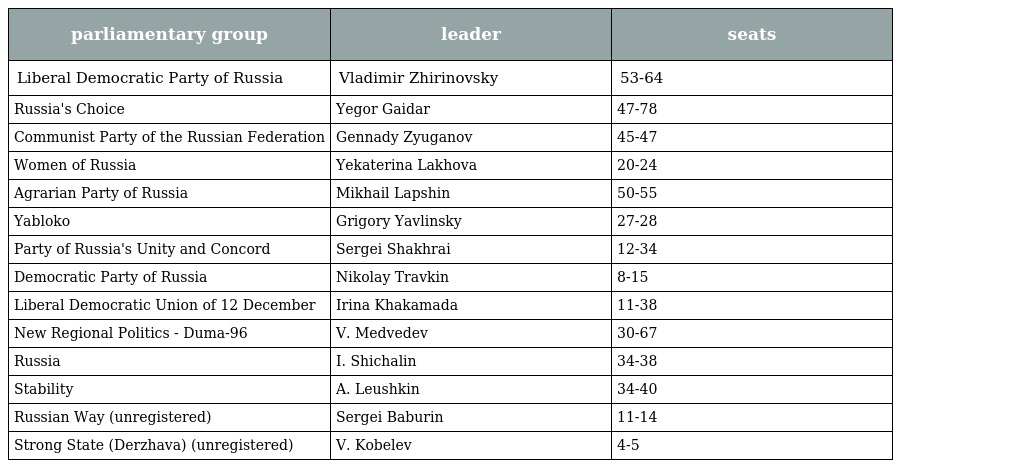
| parliamentary group | leader | seats |
 | --- | --- | --- |
 | Liberal Democratic Party of Russia | Vladimir Zhirinovsky | 53-64 |
 | Russia's Choice | Yegor Gaidar | 47-78 |
 | Communist Party of the Russian Federation | Gennady Zyuganov | 45-47 |
 | Women of Russia | Yekaterina Lakhova | 20-24 |
 | Agrarian Party of Russia | Mikhail Lapshin | 50-55 |
 | Yabloko | Grigory Yavlinsky | 27-28 |
 | Party of Russia's Unity and Concord | Sergei Shakhrai | 12-34 |
 | Democratic Party of Russia | Nikolay Travkin | 8-15 |
 | Liberal Democratic Union of 12 December | Irina Khakamada | 11-38 |
 | New Regional Politics - Duma-96 | V. Medvedev | 30-67 |
 | Russia | I. Shichalin | 34-38 |
 | Stability | A. Leushkin | 34-40 |
 | Russian Way (unregistered) | Sergei Baburin | 11-14 |
 | Strong State (Derzhava) (unregistered) | V. Kobelev | 4-5 |